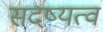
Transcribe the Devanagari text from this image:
सदष्यत्व